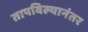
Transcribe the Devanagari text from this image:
तापविल्यानंतर